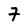
Character: 7